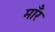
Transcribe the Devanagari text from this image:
माँर